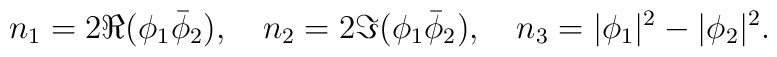
n_1 = 2 \Re(\phi_1 \bar \phi_2), \quad n_2 = 2 \Im(\phi_1 \bar \phi_2), \quad n_3 = |\phi_1|^2 - |\phi_2|^2 .